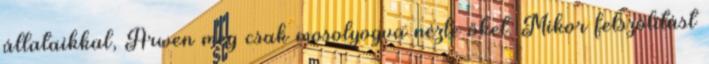
állataikkal, Arwen meg csak mosolyogva nézte őket. Mikor felszólítást